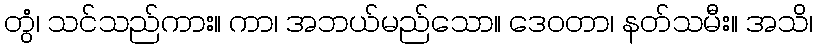
တွံ၊ သင်သည်ကား။ ကာ၊ အဘယ်မည်သော။ ဒေဝတာ၊ နတ်သမီး။ အသိ၊